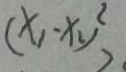
( x _ { 1 } - x _ { 2 } ) ^ { 2 } >